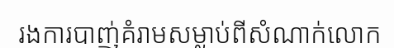
រងការបាញ់គំរាមសម្លាប់ពីសំណាក់លោក